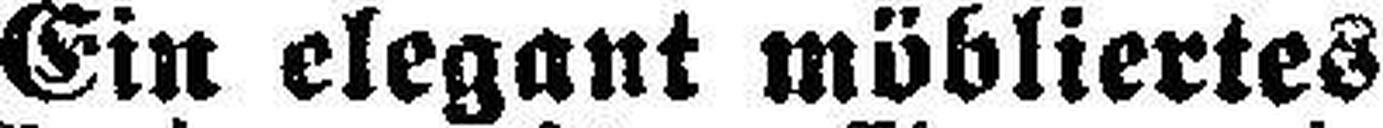
Ern elegant möbliertes